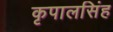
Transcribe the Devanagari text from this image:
कृपालसिंह